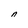
Character: n